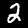
Digit: 2